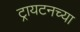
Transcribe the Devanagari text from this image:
ट्रायटनच्या